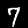
Digit: 7